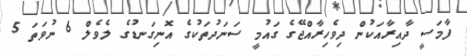
ފާމަސީ ދާއިރާއަކުން ދިވެހިރާއްޖޭގެ ގައުމީ ސަނަދުތަކުގެ އޮނިގަނޑުގެ ލެވެލް 6 ނުވަތަ 5